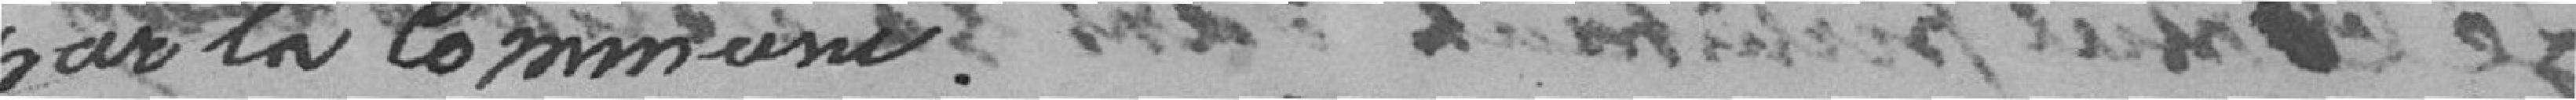
par la Commune.